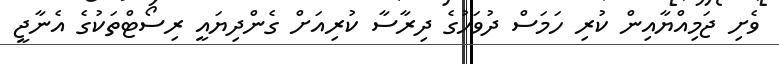
ވެށި ޖަމިއްޔާއިން ކުރި ހަމަސް ދުވަހުގެ ދިރާސާ ކުރިއަށް ގެންދިޔައީ ރިސޯޓްތަކުގެ އެނާޖީ